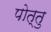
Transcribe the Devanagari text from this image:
पोत्तु